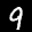
Label: 9